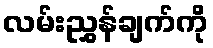
လမ်းညွှန်ချက်ကို